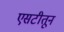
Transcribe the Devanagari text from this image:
एसटीतून